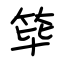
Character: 筚